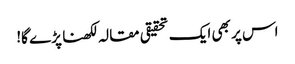
اس پر بھی ایک تحقیقی مقالہ لکھنا پڑے گا!